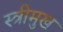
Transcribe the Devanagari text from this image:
स्त्रीमुख